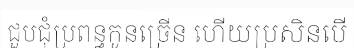
ជួបជុំប្រពន្ធកូនច្រើន ហើយប្រសិនបើ